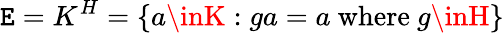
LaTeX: \mathtt{E}=K^{H}=\{ a\inK:ga=a{\mathrm{{~where~}}}g\inH\}